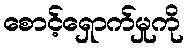
စောင့်ရှောက်မှုကို